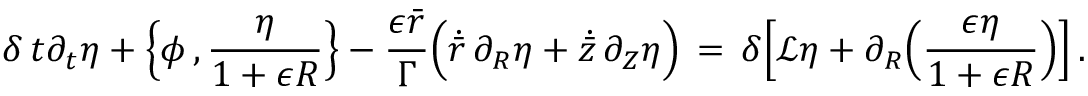
\delta \, t \partial _ { t } \eta + \Bigl \{ \phi \, , \frac { \eta } { 1 + \epsilon R } \Bigr \} - \frac { \epsilon \bar { r } } { \Gamma } \Bigl ( \dot { \bar { r } } \, \partial _ { R } \eta + \dot { \bar { z } } \, \partial _ { Z } \eta \Bigr ) \, = \, \delta \Bigl [ \mathcal { L } \eta + \partial _ { R } \Bigl ( \frac { \epsilon \eta } { 1 + \epsilon R } \Bigr ) \Bigr ] \, .